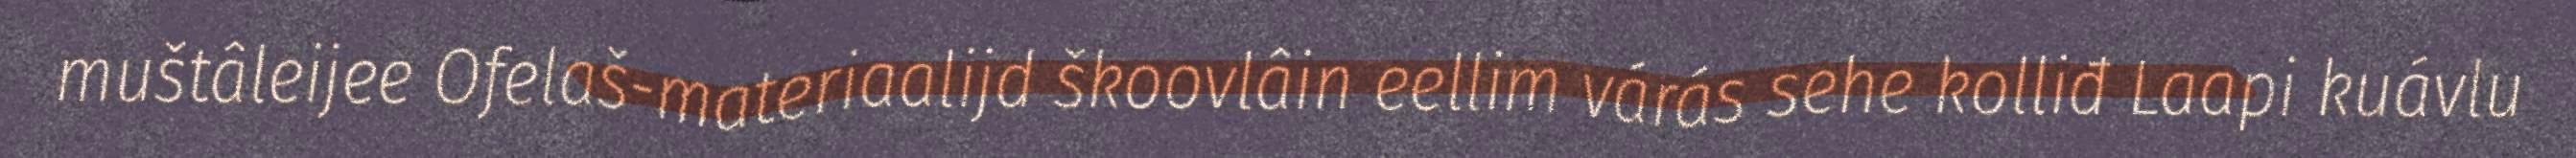
muštâleijee Ofelaš-materiaalijd škoovlâin eellim várás sehe kolliđ Laapi kuávlu